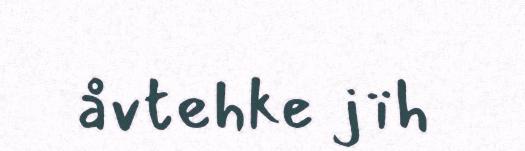
åvtehke jïh